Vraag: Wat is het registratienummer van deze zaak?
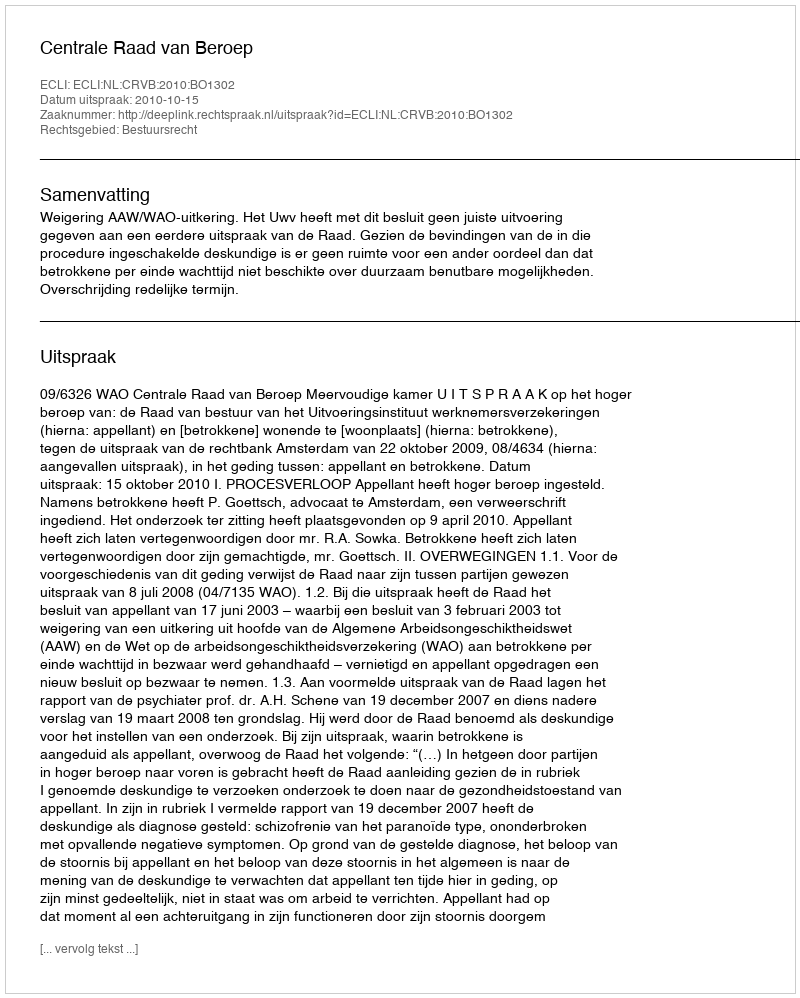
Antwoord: http://deeplink.rechtspraak.nl/uitspraak?id=ECLI:NL:CRVB:2010:BO1302